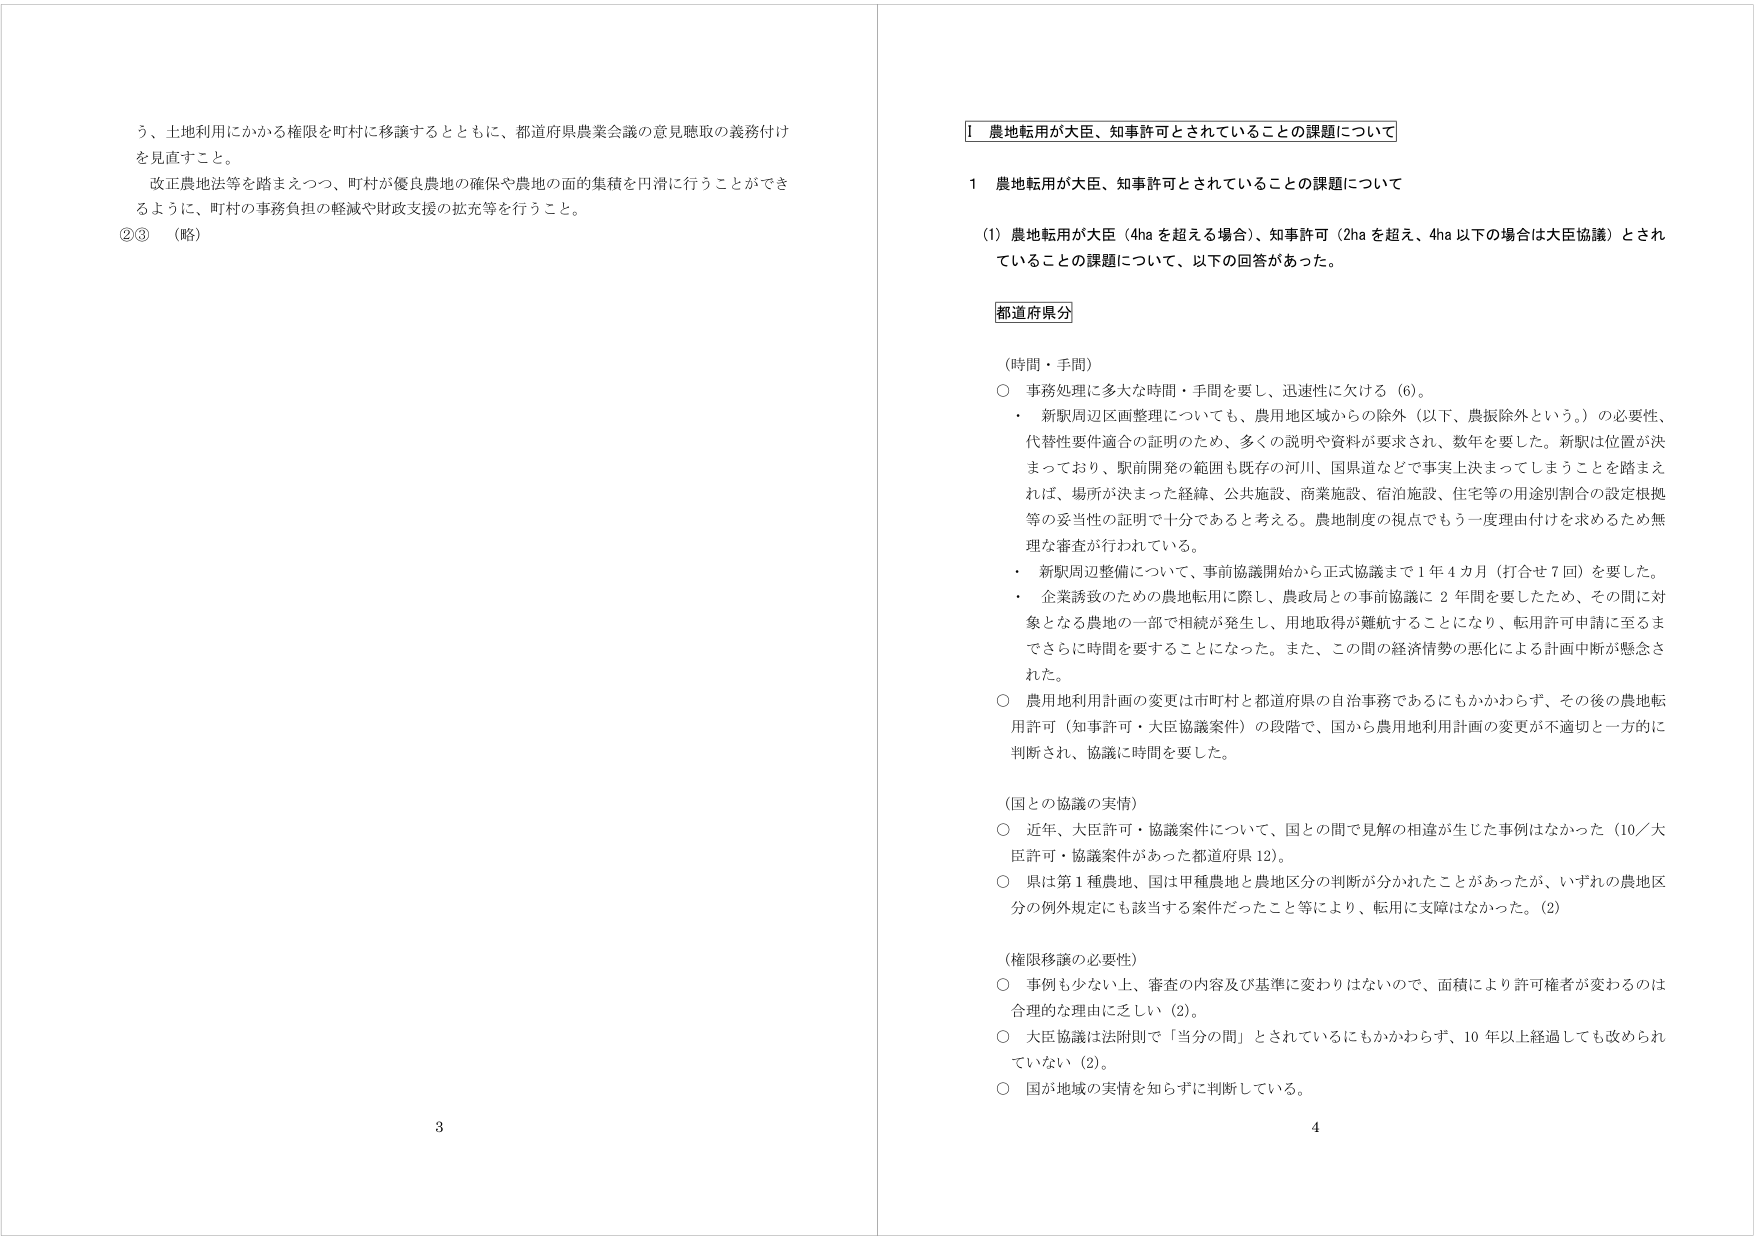
う、土地利用にかかる権限を町村に移譲するとともに、都道府県農業会議の意見聴取の義務付けを見直すこと。

改正農地法等を踏まえつつ、町村が優良農地の確保や農地の面的集積を円滑に行うことができるように、町村の事務負担の軽減や財政支援の拡充等を行うこと。

②③ （略）

3

Ⅰ 農地転用が大臣、知事許可とされていることの課題について

1 農地転用が大臣、知事許可とされていることの課題について

(1) 農地転用が大臣（4ha を超える場合）、知事許可（2ha を超え、4ha 以下の場合は大臣協議）とされていることの課題について、以下の回答があった。

都道府県分

（時間・手間）

○ 事務処理に多大な時間・手間を要し、迅速性に欠ける（6）。

・ 新駅周辺区画整理についても、農用地区域からの除外（以下、農振除外という。）の必要性、代替性要件適合の証明のため、多くの説明や資料が要求され、数年を要した。新駅は位置が決まっており、駅前開発の範囲も既存の河川、国県道などで事実上決まってしまうことを踏まえれば、場所が決まった経緯、公共施設、商業施設、宿泊施設、住宅等の用途別割合の設定根拠等の妥当性の証明で十分であると考える。農地制度の視点でもう一度理由付けを求めるため無理な審査が行われている。

・ 新駅周辺整備について、事前協議開始から正式協議まで１年４カ月（打合せ７回）を要した。

・ 企業誘致のための農地転用に際し、農政局との事前協議に２年間を要したため、その間に対象となる農地の一部で相続が発生し、用地取得が難航することになり、転用許可申請に至るまでさらに時間を要することになった。また、この間の経済情勢の悪化による計画中断が懸念された。

○ 農用地利用計画の変更は市町村と都道府県の自治事務であるにもかかわらず、その後の農地転用許可（知事許可・大臣協議案件）の段階で、国から農用地利用計画の変更が不適切と一方的に判断され、協議に時間を要した。

（国との協議の実情）

○ 近年、大臣許可・協議案件について、国との間で見解の相違が生じた事例はなかった（10／大臣許可・協議案件があった都道府県12）。

○ 県は第１種農地、国は甲種農地と農地区分の判断が分かれたことがあったが、いずれの農地区分の例外規定にも該当する案件だったこと等により、転用に支障はなかった。（2）

（権限移譲の必要性）

○ 事例も少ない上、審査の内容及び基準に変わりはないので、面積により許可権者が変わるのは合理的な理由に乏しい（2）。

○ 大臣協議は法附則で「当分の間」とされているにもかかわらず、10年以上経過しても改められていない（2）。

○ 国が地域の実情を知らずに判断している。

4